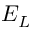
E _ { L }